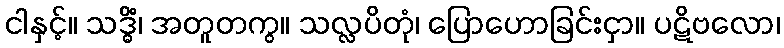
ငါနှင့်။ သဒ္ဓိံ၊ အတူတကွ။ သလ္လပိတုံ၊ ပြောဟောခြင်းငှာ။ ပဋိဗလော၊